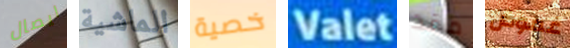
ايصال الماشية خصية Valet ماقد غموض